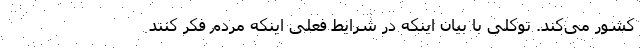
کشور می‌کند. توکلی با بیان اینکه در شرایط فعلی اینکه مردم فکر کنند